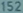
f51a52